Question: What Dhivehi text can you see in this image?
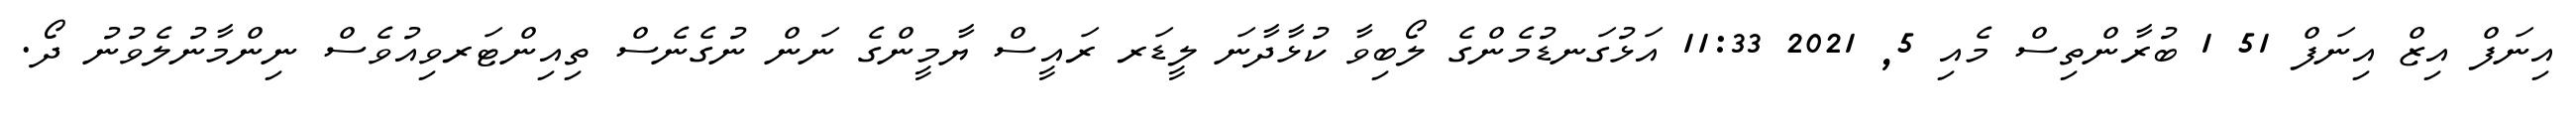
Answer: އިނަފް އިޒް އިނަފް 51 1 ބުރާންތިސް މެއި 5, 2021 11:33 އަޅުގަނޑުމެންގެ ލޯބިވާ ކުޅާދާނަ ލީޑަރ ރައީސް ޔާމީންގެ ނަން ނުގެނެސް ތިއިންޓަރވިއުވެސް ނިންމާނުލެވުނު ދޯ.